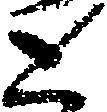
と